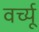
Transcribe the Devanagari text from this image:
वर्च्यू